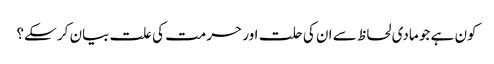
کون ہے جو مادی لحاظ سے ان کی حلت اور حرمت کی علت بیان کر سکے؟